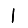
Digit: 1